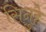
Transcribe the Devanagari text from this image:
सिनुहे